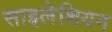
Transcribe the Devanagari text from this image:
साइलेशियन